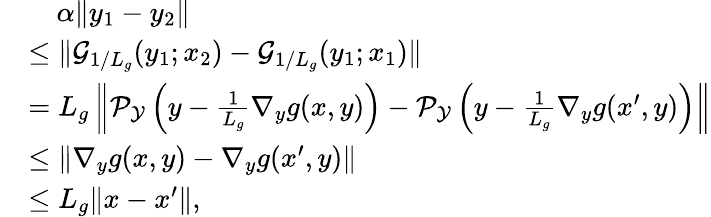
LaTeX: \begin{array}{rl}&{\quad\alpha\Vert y_{1}-y_{2}\Vert}\\ &{\le\Vert{\mathcal{G}}_{1/L_{g}}(y_{1};x_{2})-{\mathcal{G}}_{1/L_{g}}(y_{1};x_{1})\Vert}\\ &{=L_{g}\left\Vert{\mathcal{P}}_{{\mathcal{Y}}}\left(y-\frac{1}{L_{g}}\nabla_{y}g(x,y)\right)-{\mathcal{P}}_{{\mathcal{Y}}}\left(y-\frac{1}{L_{g}}\nabla_{y}g(x^{\prime},y)\right)\right\Vert}\\ &{\le\left\Vert\nabla_{y}g(x,y)-\nabla_{y}g(x^{\prime},y)\right\Vert}\\ &{\le L_{g}\Vert x-x^{\prime}\Vert,}\end{array}